Lunatic asylums United Provinces 1909-1921 - 1909-1921
Year: 1909
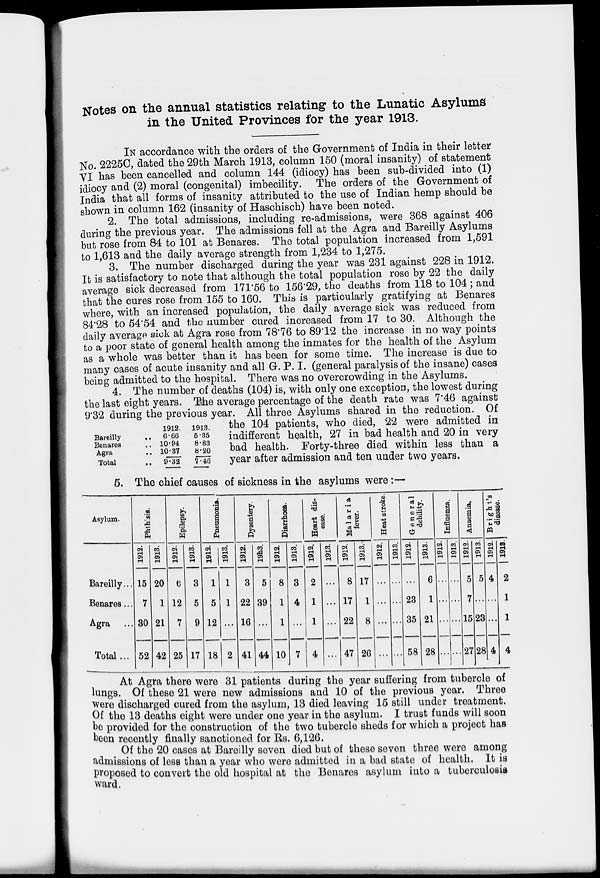
Notes on the annual statistics relating to tlie Lunatic Asylums
in the United Provinces for the year 1913.
IN accordance with the orders of the G-overnment of India in their letter
No. 2225C, dated the 29th March 1913, column 150 (moral insanity) of statement
VI has been cancelled and column 144 (idiocy) has been sub-divided into (1)
idiocy and (2) moral (congenital) imbecility. The orders of the Government of
India that all forms of insanity attributed to the use of Indian hemp should be
shown in column 162 (insanity of Haschisch) have been noted.
2. The total admissions, including re-admissions, were 368 against 406
during the previous year. The admissions fell at the Agra and Bareilly Asylums
but rose from 84 to 101 at Benares. The total population increased from 1,591
to 1,613 and the daily average strength from 1,234 to 1,275.
3. The number discharged during the year was 231 against 228 in 1912.
It is satisfactory to note that although the total population rose by 22 the daily
average sick decreased from 171*56 to 156*29, the deaths from 118 to 104 ; and
that the cures rose from 155 to 160. This is particularly gratifying at Benares
where, with an increased population, the daily average sick was reduced from
84'28 to 54*54 and the number cured increased from 17 to 30. Although the
daily average aiok at Agra rose from 78*76 to 89'12 the increase in no way points
to a poor state of general health among the inmates for the health of the Asylum
as a whole was better than it has been for some time. The increase is due to
many cases of acute insanity and all G. P. I. (general paralysis of the insane) cases
being admitted to the hospital. There was no overcrowding in the Asylums.
4. The number of deaths (104) is, with only one exception, the lowest during
the last eight years. The average percentage of the death rate was 7*46 against
9*32 during the previous year. All three Asylums shared in the reduction. Of
1912. 1913.
the 104 patients, who died, 22 were admitted in
Bareiiiy
.. 6 6G 6 -85
indifferent health, 27 in bad health and 20 in very
bad health. Forty-three died within less than a
year after admission and ten under two years.
5. The chief causes of sickness in the asylums were :—
Benares
.. 10-94
8-83
Agra
.. 10-37
8-'20
Total
..
9-32
7-4G
Asylum.
Bareilly...
Benares...
Agra
Total...
m
•5
A
ft
(N
tH
Os
15
7
30
52
CO
tH
20
1
21
t/i
n
OS
1
12
42 25
eo
tH
os
T-t
<H
os
eo
tH
os
T-t
<*»
tH
OS
i-l
8 1 1 3
5 5 1 22
9 12 ... 16
17 18 2 41
i
I
os
5
39
44
1
.a
3 9
w
u .
C3 as
■ 2 i
s
o>
CO
tH
os
o>
3
4
2
1
1
10
4
CO
1
CM
tH
OS
8
17
22
CO
tH
OS
47
17
1
8
I
w
t-i
os
tsj
a
0)
tH
OS
2G
23
35
CO
tH
OS
58
6
1
21
28
.3
a
a
<
5
7
15
27
23
A 3
» a
u ^
4
28 4
co
tH
OS
2
1
1
4
At Agra there were 31 patients during the year suffering from tubercle of
lungs. Of these 21 were new admissions and 10 of the previous year. Three
were discharged cured from the asylum, 13 died leaving 15 still under treatment.
Of the 13 deaths eight were under one year in the asylum. I trust funds will soon
be provided for the construction of the two tubercle sheds for which a project has
been recently finally sanctioned for Ks. 6,126.
Of the 20 cases at Baroilly seven died but of these seven three were among
admissions of less than a year who were admitted in a bad state of health. It is
proposed to convert the old hospital at the Benares asylum into a tuberculosis
ward.